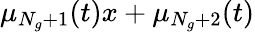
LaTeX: \mu_{N_{g}+1}(t)x+\mu_{N_{g}+2}(t)